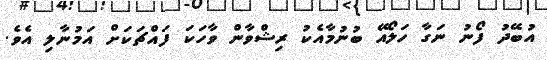
އުބޭދު ފޯނު ނަގާ ހަލޯއޭ ބުނުމާއެކު ރިޝްވާން ވާހަކަ ފައްޗަކަށް އަމުނާލި އެވެ.